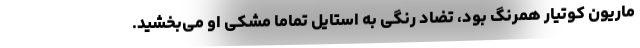
ماریون کوتیار همرنگ بود، تضاد رنگی به استایل تماما مشکی او می‌بخشید.